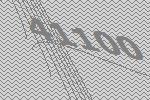
41100